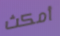
أمكث